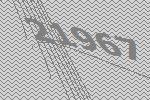
21967